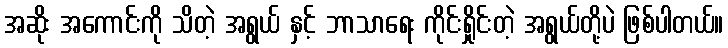
အဆိုး အကောင်းကို သိတဲ့ အရွယ် နှင့် ဘာသာရေး ကိုင်းရှိုင်းတဲ့ အရွယ်တို့ပဲ ဖြစ်ပါတယ်။